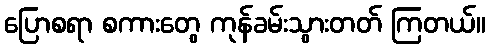
ပြောစရာ စကားတွေ ကုန်ခမ်းသွားတတ် ကြတယ်။